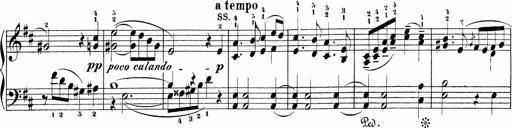
Title: Sonatinen Op.47, 98 und 136, nebst 6 Liedersonatinen
Composer: Carl Reinecke